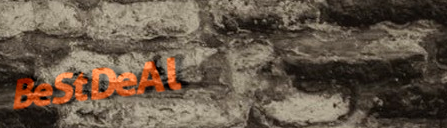
BeStDeAl